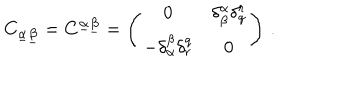
LaTeX: C _ { \underline { { \alpha } } \underline { { \beta } } } = C ^ { \underline { { \alpha } } \underline { { \beta } } } = \left( \begin{array} { c c } { { 0 } } & { { \delta _ { \beta } ^ { \alpha } \delta _ { q } ^ { r } } } \\ { { - \delta _ { \alpha } ^ { \beta } \delta _ { r } ^ { q } } } & { { 0 } } \\ \end{array} \right) \, .